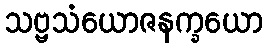
သဗ္ဗသံယောဇနက္ခယော